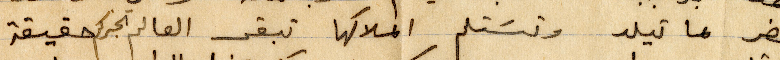
تحضر ماتيلد وتستلم املاكها تبقى العالم تخبركم حقيقة